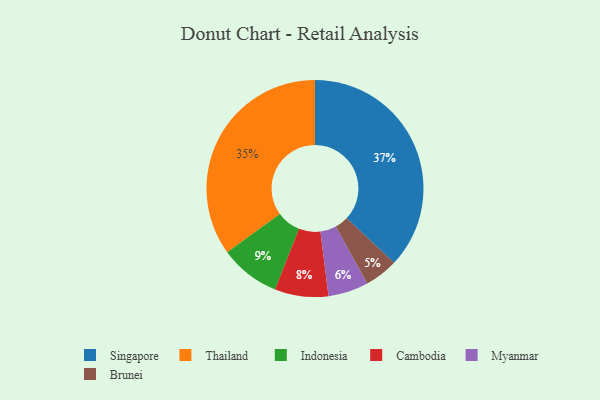
{"axis": {"x": "Category", "y": "Percentage"}, "legend": ["Brunei", "Cambodia", "Indonesia", "Myanmar", "Singapore", "Thailand"], "data": [{"x": "Cambodia", "y": 8, "type": "Cambodia"}, {"x": "Thailand", "y": 35, "type": "Thailand"}, {"x": "Brunei", "y": 5, "type": "Brunei"}, {"x": "Indonesia", "y": 9, "type": "Indonesia"}, {"x": "Myanmar", "y": 6, "type": "Myanmar"}, {"x": "Singapore", "y": 37, "type": "Singapore"}]}